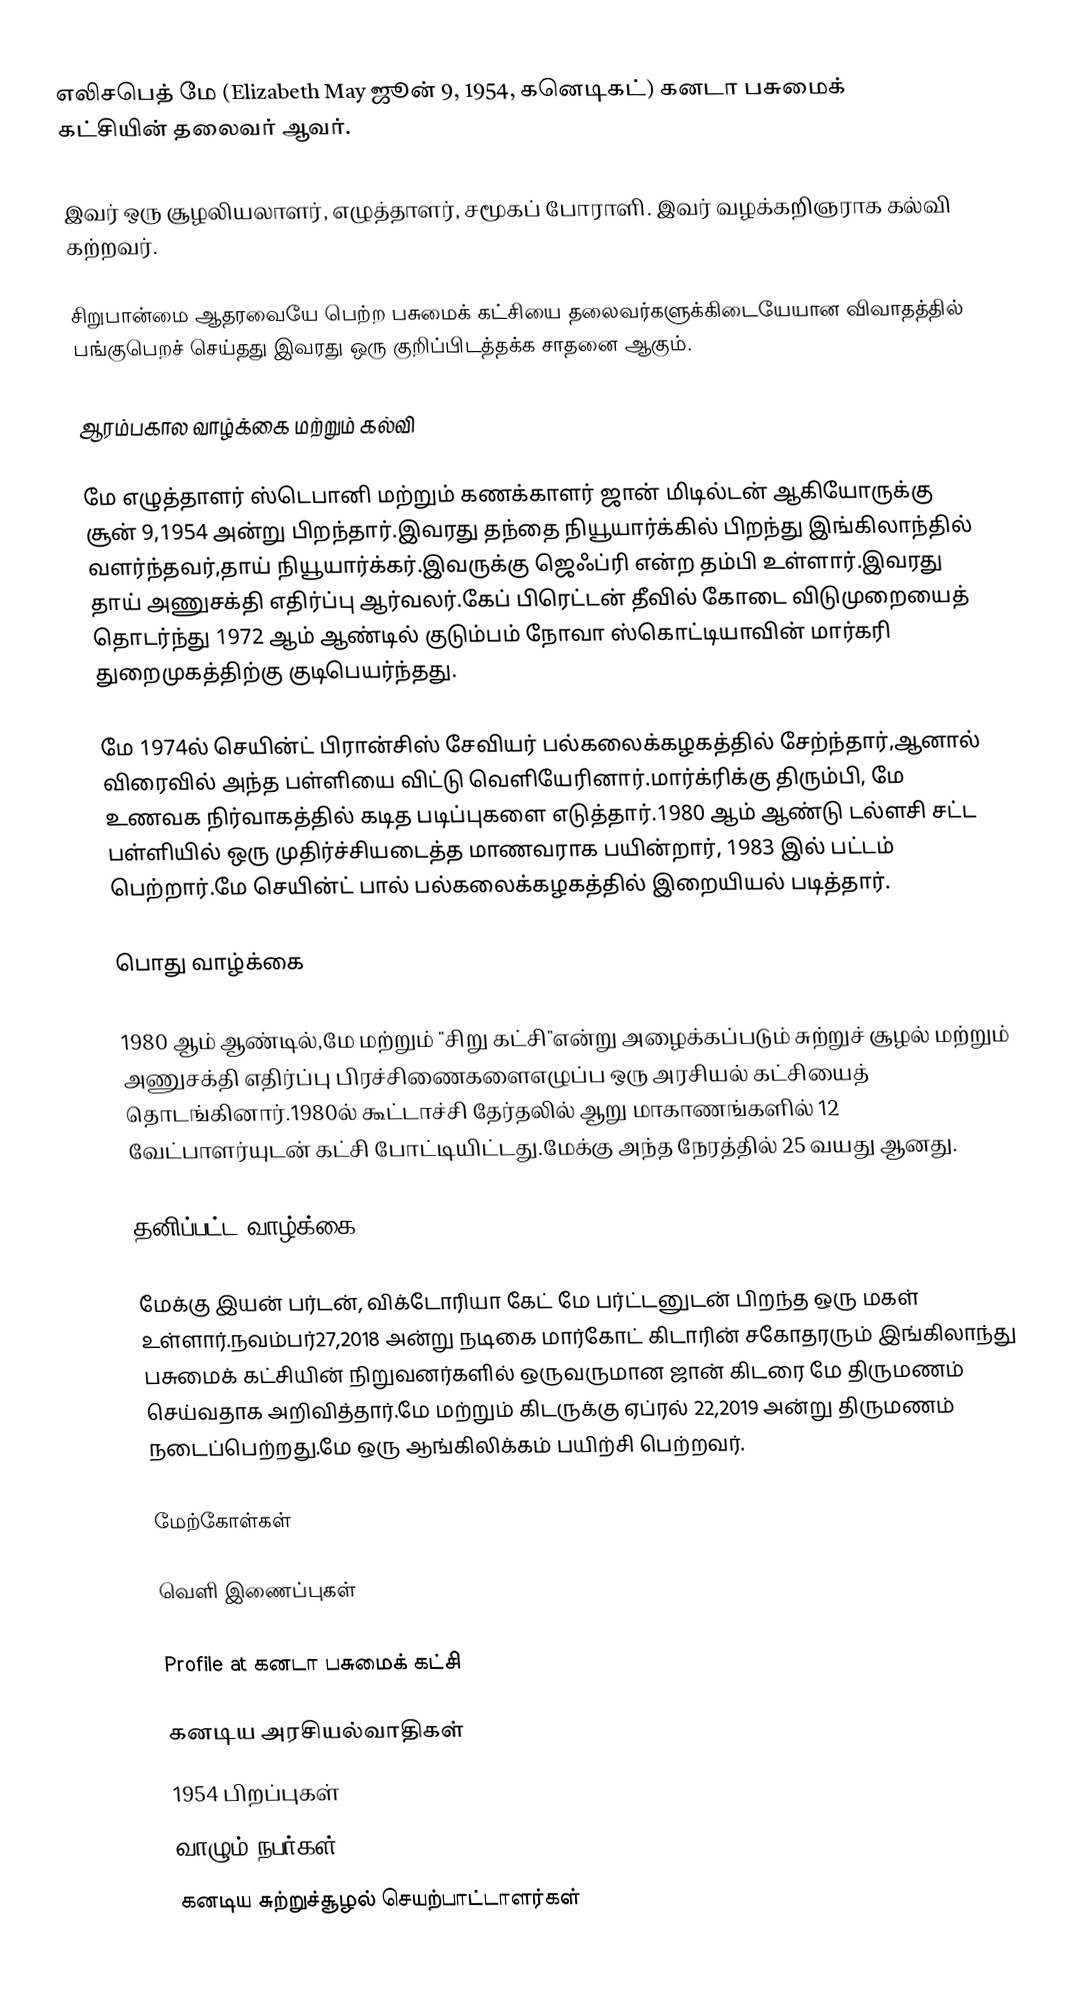
எலிசபெத் மே (Elizabeth May ஜூன் 9, 1954, கனெடிகட்) கனடா பசுமைக் கட்சியின் தலைவர் ஆவர்.

இவர் ஒரு சூழலியலாளர், எழுத்தாளர், சமூகப் போராளி.  இவர் வழக்கறிஞராக கல்வி கற்றவர்.

சிறுபான்மை ஆதரவையே பெற்ற பசுமைக் கட்சியை தலைவர்களுக்கிடையேயான விவாதத்தில் பங்குபெறச் செய்தது இவரது ஒரு குறிப்பிடத்தக்க சாதனை ஆகும்.

ஆரம்பகால வாழ்க்கை மற்றும் கல்வி

மே எழுத்தாளர் ஸ்டெபானி மற்றும் கணக்காளர் ஜான் மிடில்டன் ஆகியோருக்கு சூன் 9,1954 அன்று பிறந்தார்.இவரது தந்தை நியூயார்க்கில் பிறந்து இங்கிலாந்தில் வளர்ந்தவர்,தாய் நியூயார்க்கர்.இவருக்கு ஜெஃப்ரி என்ற தம்பி உள்ளார்.இவரது தாய் அணுசக்தி எதிர்ப்பு ஆர்வலர்.கேப் பிரெட்டன் தீவில் கோடை விடுமுறையைத் தொடர்ந்து 1972 ஆம் ஆண்டில் குடும்பம் நோவா ஸ்கொட்டியாவின் மார்கரி துறைமுகத்திற்கு குடிபெயர்ந்தது.

மே 1974ல் செயின்ட் பிரான்சிஸ் சேவியர் பல்கலைக்கழகத்தில் சேற்ந்தார்,ஆனால் விரைவில் அந்த பள்ளியை விட்டு வெளியேரினார்.மார்க்ரிக்கு திரும்பி, மே உணவக நிர்வாகத்தில் கடித படிப்புகளை எடுத்தார்.1980 ஆம் ஆண்டு டல்ளசி சட்ட பள்ளியில் ஒரு முதிர்ச்சியடைத்த மாணவராக பயின்றார், 1983 இல் பட்டம் பெற்றார்.மே செயின்ட் பால் பல்கலைக்கழகத்தில் இறையியல் படித்தார்.

பொது வாழ்க்கை

1980 ஆம் ஆண்டில்,மே மற்றும் "சிறு கட்சி"என்று அழைக்கப்படும் சுற்றுச் சூழல் மற்றும் அணுசக்தி எதிர்ப்பு பிரச்சிணைகளைஎழுப்ப ஒரு அரசியல் கட்சியைத் தொடங்கினார்.1980ல் கூட்டாச்சி தேர்தலில் ஆறு மாகாணங்களில் 12 வேட்பாளர்யுடன் கட்சி போட்டியிட்டது.மேக்கு அந்த நேரத்தில் 25 வயது ஆனது.

தனிப்பட்ட வாழ்க்கை

மேக்கு  இயன் பர்டன், விக்டோரியா கேட் மே பர்ட்டனுடன் பிறந்த ஒரு மகள் உள்ளார்.நவம்பர்27,2018 அன்று நடிகை மார்கோட் கிடாரின் சகோதரரும் இங்கிலாந்து பசுமைக் கட்சியின் நிறுவனர்களில் ஒருவருமான ஜான் கிடரை மே திருமணம் செய்வதாக அறிவித்தார்.மே மற்றும் கிடருக்கு ஏப்ரல் 22,2019 அன்று திருமணம் நடைப்பெற்றது.மே ஒரு ஆங்கிலிக்கம் பயிற்சி பெற்றவர்.

மேற்கோள்கள்

வெளி இணைப்புகள்

Profile at கனடா பசுமைக் கட்சி

கனடிய அரசியல்வாதிகள்
1954 பிறப்புகள்
வாழும் நபர்கள்
கனடிய சுற்றுச்சூழல் செயற்பாட்டாளர்கள்